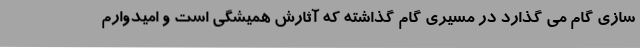
سازی گام می گذارد در مسیری گام گذاشته که آثارش همیشگی است و امیدوارم